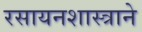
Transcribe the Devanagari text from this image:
रसायनशास्त्राने